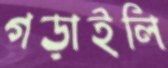
গড়াইলি